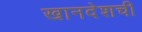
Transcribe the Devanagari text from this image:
खानदेशची